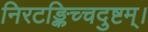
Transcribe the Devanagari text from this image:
निरटङ्किच्चदुष्टम्।